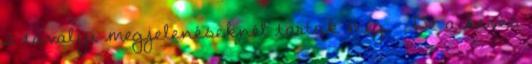
a tavalyi megjelenéseknél tartok még. 😊 De a kevés